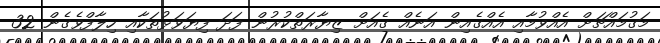
މަގުމައްޗަށް އެއްވުމާއި އެއްގެއިން އަނެއް ގެއަށް ޒިޔާރަތްކުރުން ފަދަ ފިޔަވަޅުތަކާއި ހިލާފްވެގެން 32